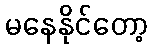
မနေနိုင်တော့